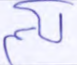
لكم